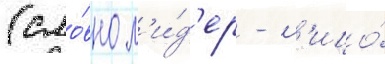
(сло́вно л'и́д'ер - л'ицо́